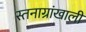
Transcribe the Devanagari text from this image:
स्तनाग्रांखाली